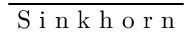
\overline { { \mathrm { ~ S ~ i ~ n ~ k ~ h ~ o ~ r ~ n ~ } } }